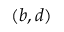
( b , d )